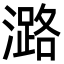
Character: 潞